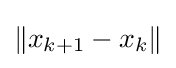
\|x_{k+1}-x_{k}\|